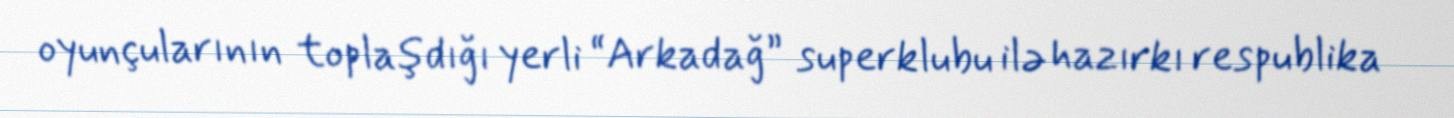
oyunçularının toplaşdığı yerli “Arkadağ” superklubu ilə hazırkı respublika